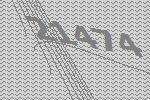
21474